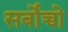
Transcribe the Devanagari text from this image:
सर्बोच्चो